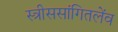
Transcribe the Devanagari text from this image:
स्त्रीससांगितलेंव